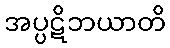
အပ္ပဋိဘယာတိ